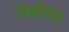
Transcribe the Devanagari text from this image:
चिकीर्षन